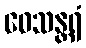
ဝေသန္တရံ